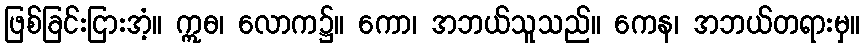
ဖြစ်ခြင်းငြားအံ့။ ဣဓ၊ လောက၌။ ကော၊ အဘယ်သူသည်။ ကေန၊ အဘယ်တရားမှ။